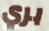
بري